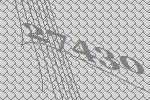
27430